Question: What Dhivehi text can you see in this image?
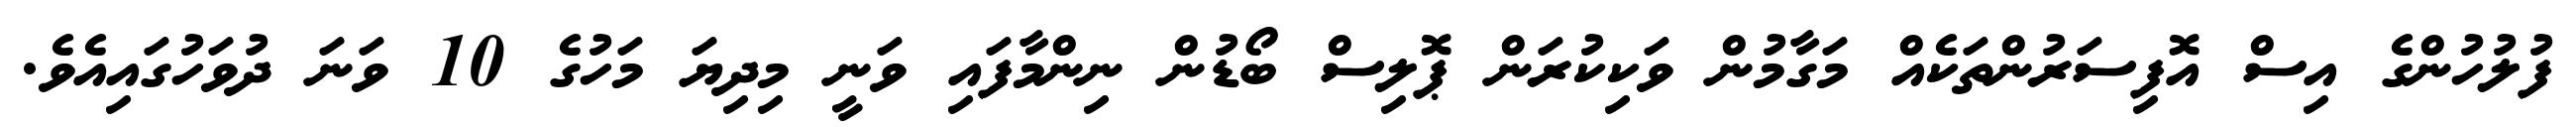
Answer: ފުލުހުންގެ އިސް އޮފިސަރުންތަކެއް މަގާމުން ވަކިކުރަން ޕޮލިސް ބޯޑުން ނިންމާފައި ވަނީ މިދިޔަ މަހުގެ 10 ވަނަ ދުވަހުގައިއެވެ.